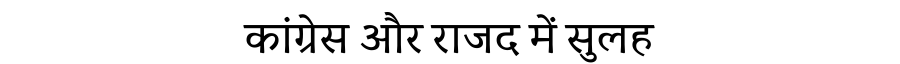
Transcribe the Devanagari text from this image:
कांग्रेस और राजद में सुलह